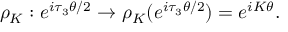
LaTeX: { \rho } _ { K } : e ^ { i { \tau } _ { 3 } \theta / 2 } \rightarrow { \rho } _ { K } ( e ^ { i { \tau } _ { 3 } \theta / 2 } ) = e ^ { i K \theta } .